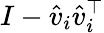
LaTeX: I-{\hat{v}}_{i}{\hat{v}}_{i}^{\top}